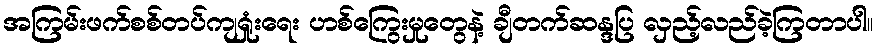
အကြမ်းဖက်စစ်တပ်ကျရှုံးရေး ဟစ်ကြွေးမှုတွေနဲ့ ချီတက်ဆန္ဒပြ လှည့်လည်ခဲ့ကြတာပါ။